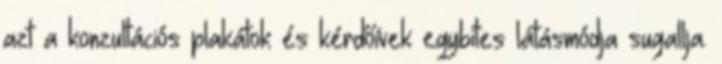
azt a konzultációs plakátok és kérdőívek egybites látásmódja sugallja.